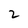
Character: 2